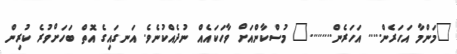
"މަންމާ އަހަރެން..... އަހަރެން........." މުސްކާންއަށް ވާހަކައެއް ނުދެއްކުނެވެ. އަނގައިގެ އޮތް ބަހަށްވުރެ ކުރިން